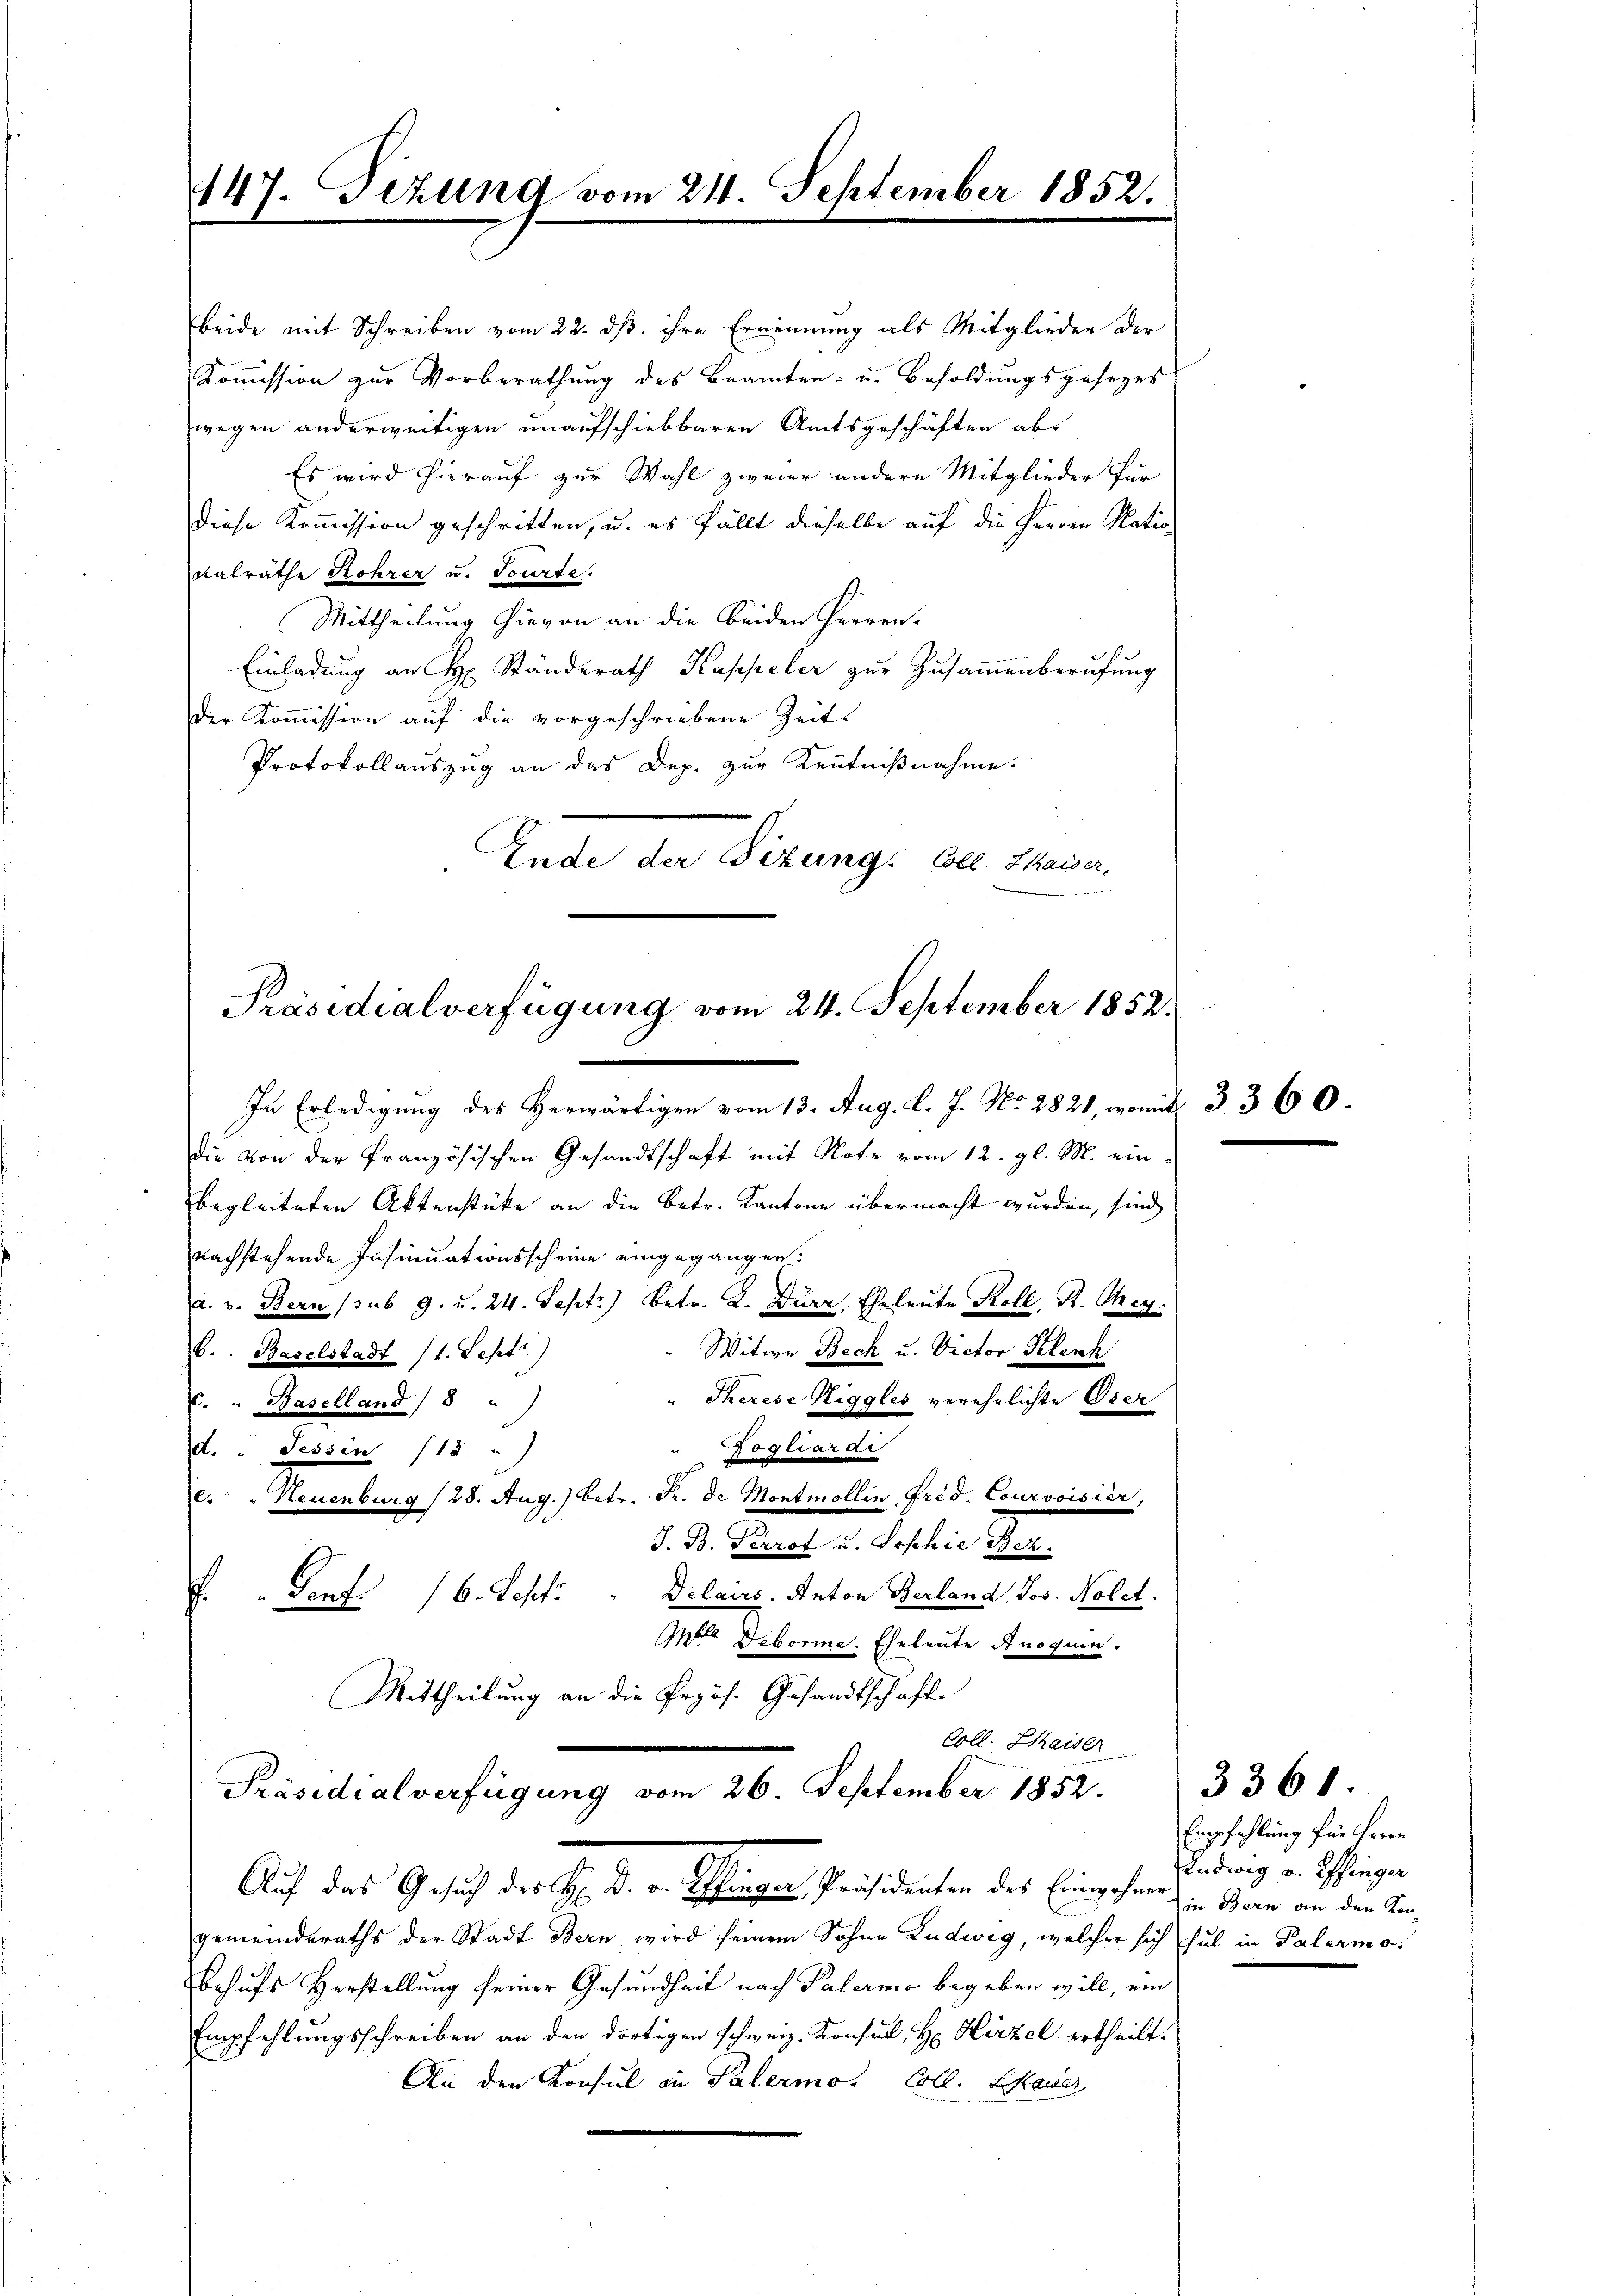
147. Fezung vom 21. September 1852.

beide mit Schreiben vom 22. ds. ihre Ernennung als Mitglieder der
Kommission zur Vorberathung des Beamten- u. Besoldungsgesezes
wegen anderweitigen unaufschiebbaren Amtsgeschäften abs
Es wird hierauf zur Wahl zweier andere Mitglieder für
diese Kommission geschritten, u. es fällt dieselbe auf die Herren Natio¬
Ralrathe Rohrer u. Tourte.
Mittheilung hievon an die beiden Herren-
Einladung an H. Ständerath Kappeler zur Zusammenberufung
der Koṁission auf die vorgeschriebene Zeits
Protokollauszug an das Dep. zur Kenntnißnahme.
Ende der Sizung. Coll. Zhaiser,

Präsidialverfügung vom 24. September 1852.

Coll. Chaiser
Präsidialverfügung vom 26. September 1852.
Auf das Gesuch der Hr. Dr. v. Plingen, Präsidenten des Einwohner in Garn an den Kin¬

gemeinderaths der Stadt Bern wird seinem Sohne Ludwig, welcher sich hat in Palermo-
Behufs Herstellung seiner Gesundheit nach Palermo begeben will, ein
Empfehlungsschreiben an den dortigen schweiz. Konsul, H. Hirzel ertheilt.
An den Konsul in Palermo. Coll. Schauer

In Erledigung des Herwärtigen vom 13. Aug. d. J. No. 2821, womit 3. 360.
die von der französischen Gesandtschaft mit Note vom 12. gl. M. einbegleiteten Aktenstücke an die betr. Kantone übermacht wurden, sind
nachstehende Insinuationsscheine eingegangen.
a. v. Bern (sub 9. u. 24. Sept.) betr. K. Dürz, Eheleute Koll, Kt. Theg.
Witwe Bech u. Victor Klenh
6. Baselstadt (1. Sept.)
Therese Niggles verehelichte Oser
c. " Baselland / 8 "
"Rogliardi
d. " Tessin /12 "
e. " Neuenburg (28. Aug.) betr. Fr. de Montmollin, Frid. Courvoisier,
S. B. Brot u. Joschie Bez
.
Porf. (6. Sept. " Delaus. Anton Berland Jos. Nolet.
Inter Deborne. Eheleute Anoquin.
Mittheilung an die Przös. Gesandtschaft

Empfehlung für Herrn
Ludwig v. Effinger

3361